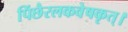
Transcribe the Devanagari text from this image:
पिंछैरलकवेषकृत्‌।